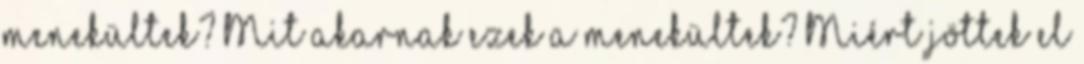
menekültek? Mit akarnak ezek a menekültek? Miért jöttek el